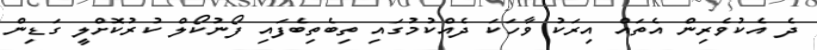
ދެ އެކުވެރިން އެތައް އިރަކު ވާހަކަ ދެއްކުމުގައި ތިބެތިބެފައި ފޯނުކޯލް ކުރުކޮށްލީ ގަޑިން